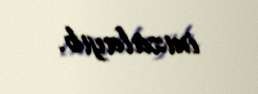
imzalayıb.